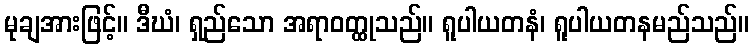
မုချအားဖြင့်။ ဒီဃံ၊ ရှည်သော အရာဝတ္ထုသည်။ ရူပါယတနံ၊ ရူပါယတနမည်သည်။